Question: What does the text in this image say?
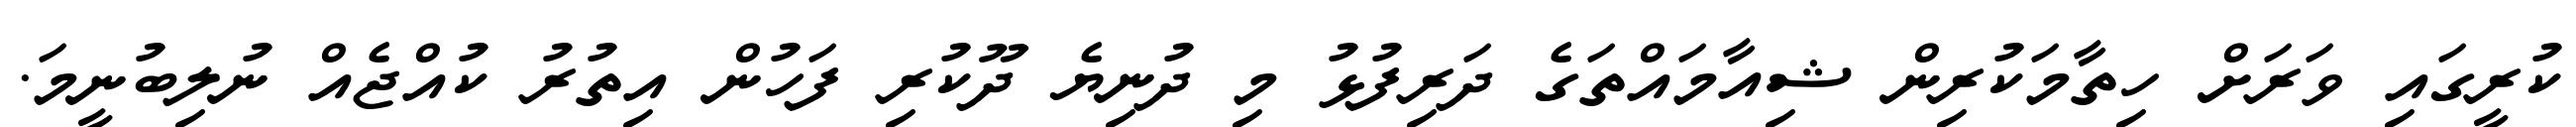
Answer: ކުރީގައި ވަރަށް ހިތާމަކުރިން ޝިއާމައްތަގެ ދަރިފުޅު މި ދުނިޔެ ދޫކުރި ފަހުން އިތުރު ކުއްޖެއް ނުލިބުނީމަ.